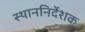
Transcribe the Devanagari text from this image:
स्थाननिर्देशक